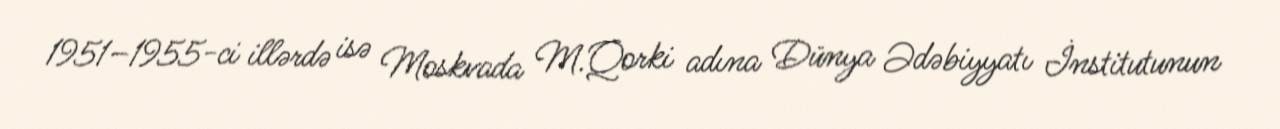
1951–1955-ci illərdə isə Moskvada M.Qorki adına Dünya Ədəbiyyatı İnstitutunun